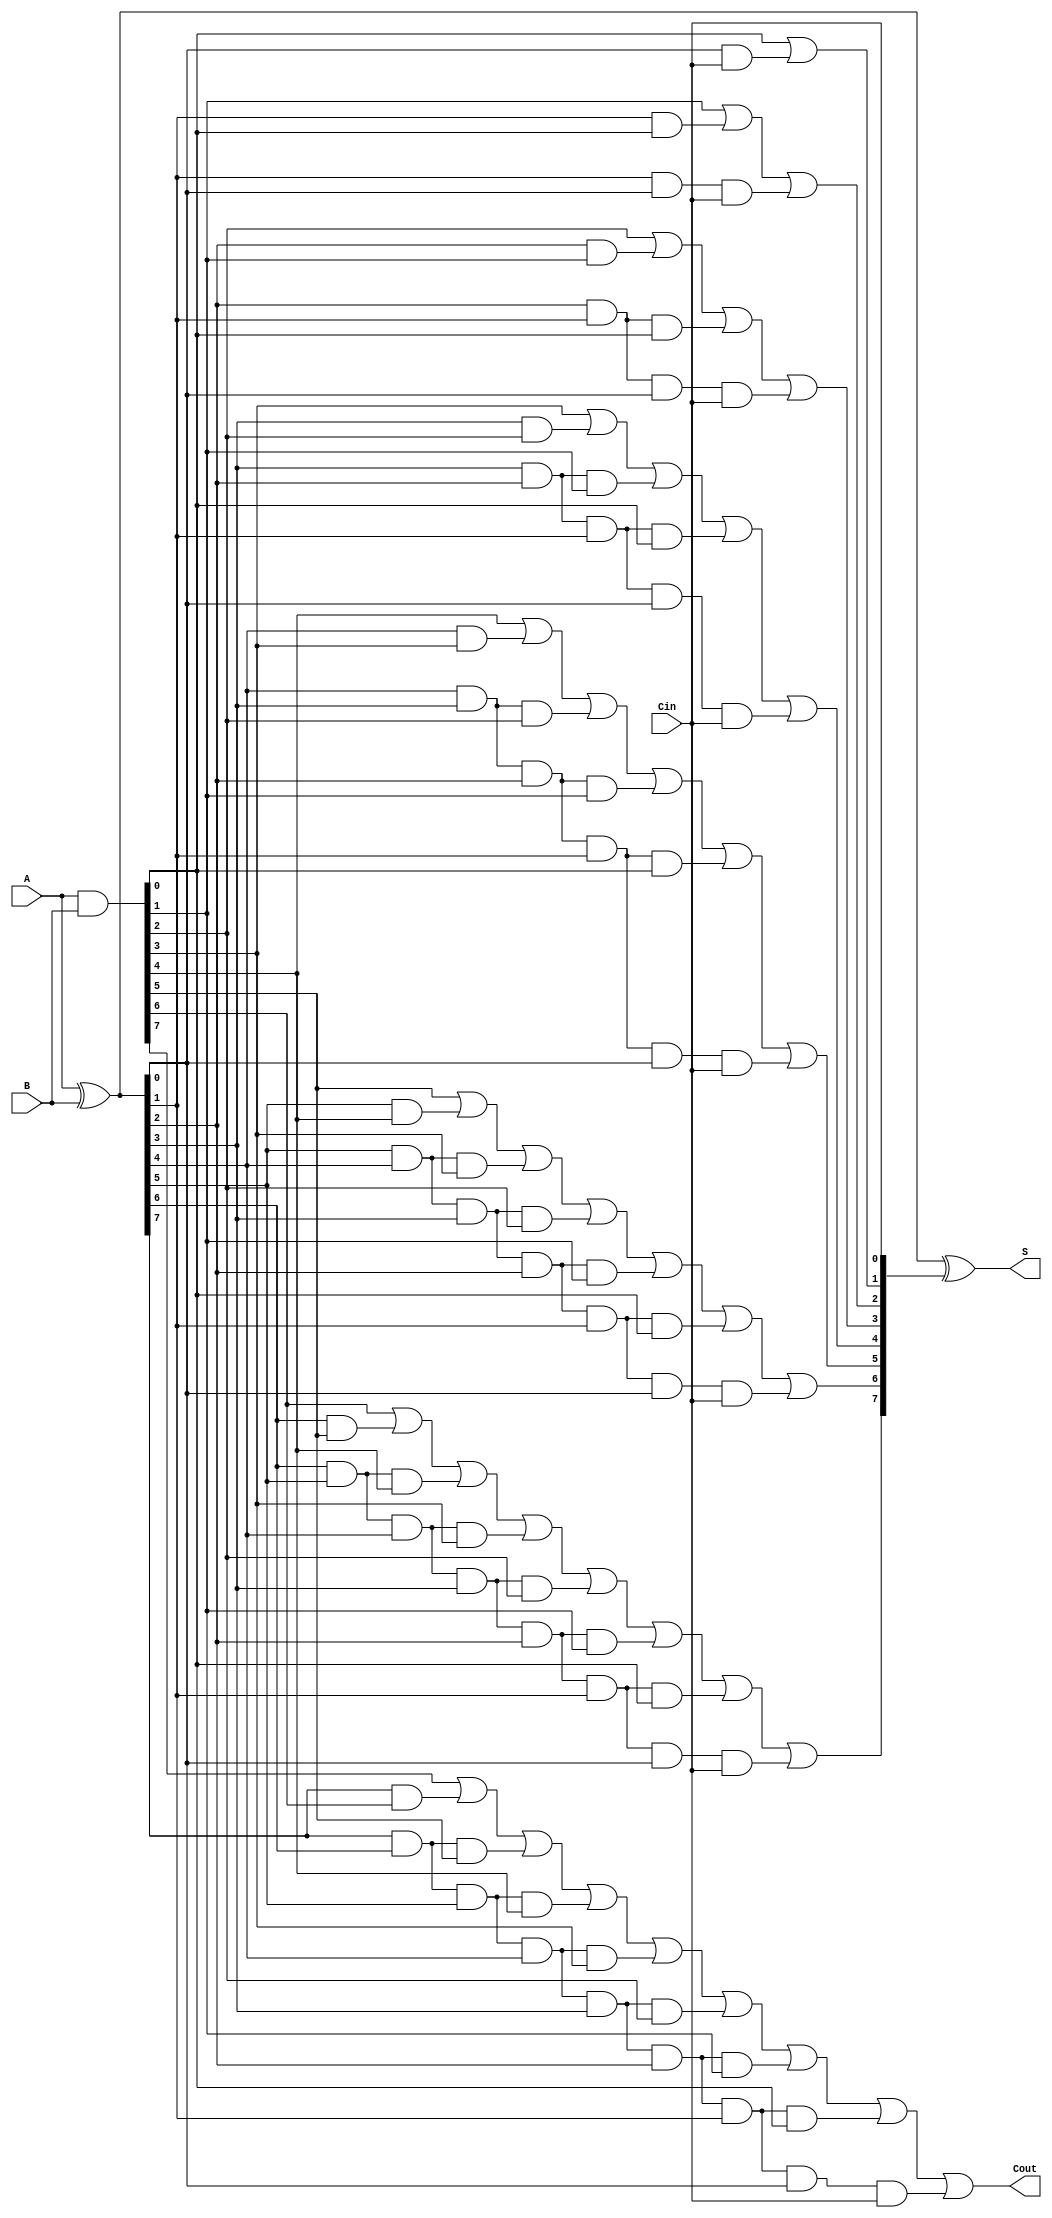
module Sklansky_Adder #(parameter n = 8) (
    input [n-1:0] A,
    input [n-1:0] B,
    input Cin,
    output [n-1:0] S,
    output Cout
);

    wire [n-1:0] G; // Generate signals
    wire [n-1:0] P; // Propagate signals
    wire [n:0] C;   // Carry signals

    // Pre-compute Generate and Propagate signals
    assign G = A & B;          // G[i] = A[i] & B[i]
    assign P = A ^ B;          // P[i] = A[i] ^ B[i]

    // Carry computation
    assign C[0] = Cin; // Initial carry input

    // Stage 1
    assign C[1] = G[0] | (P[0] & C[0]);
    
    // Stage 2
    assign C[2] = G[1] | (P[1] & G[0]) | (P[1] & P[0] & C[0]);
    
    // Stage 3
    assign C[3] = G[2] | (P[2] & G[1]) | (P[2] & P[1] & G[0]) | (P[2] & P[1] & P[0] & C[0]);
    
    // Stage 4
    assign C[4] = G[3] | (P[3] & G[2]) | (P[3] & P[2] & G[1]) | (P[3] & P[2] & P[1] & G[0]) | (P[3] & P[2] & P[1] & P[0] & C[0]);

    // Continue for additional stages...
    // For example, for n=8 you would need to compute C[5], C[6], C[7], C[8]
    assign C[5] = G[4] | (P[4] & G[3]) | (P[4] & P[3] & G[2]) | (P[4] & P[3] & P[2] & G[1]) | (P[4] & P[3] & P[2] & P[1] & G[0]) | (P[4] & P[3] & P[2] & P[1] & P[0] & C[0]);
    
    assign C[6] = G[5] | (P[5] & G[4]) | (P[5] & P[4] & G[3]) | (P[5] & P[4] & P[3] & G[2]) | (P[5] & P[4] & P[3] & P[2] & G[1]) | (P[5] & P[4] & P[3] & P[2] & P[1] & G[0]) | (P[5] & P[4] & P[3] & P[2] & P[1] & P[0] & C[0]);

    assign C[7] = G[6] | (P[6] & G[5]) | (P[6] & P[5] & G[4]) | (P[6] & P[5] & P[4] & G[3]) | (P[6] & P[5] & P[4] & P[3] & G[2]) | (P[6] & P[5] & P[4] & P[3] & P[2] & G[1]) | (P[6] & P[5] & P[4] & P[3] & P[2] & P[1] & G[0]) | (P[6] & P[5] & P[4] & P[3] & P[2] & P[1] & P[0] & C[0]);

    assign C[8] = G[7] | (P[7] & G[6]) | (P[7] & P[6] & G[5]) | (P[7] & P[6] & P[5] & G[4]) | (P[7] & P[6] & P[5] & P[4] & G[3]) | (P[7] & P[6] & P[5] & P[4] & P[3] & G[2]) | (P[7] & P[6] & P[5] & P[4] & P[3] & P[2] & G[1]) | (P[7] & P[6] & P[5] & P[4] & P[3] & P[2] & P[1] & G[0]) | (P[7] & P[6] & P[5] & P[4] & P[3] & P[2] & P[1] & P[0] & C[0]);

    // Sum calculation
    assign S = P ^ C[n-1:0]; // S[i] = P[i] ^ C[i]

    // Final carry-out
    assign Cout = C[n];

endmodule